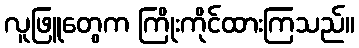
လူဖြူတွေက ကြိုးကိုင်ထားကြသည်။